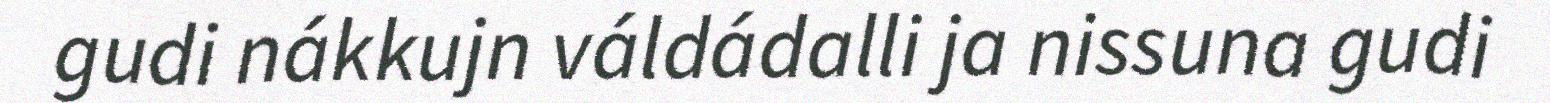
gudi nákkujn váldádalli ja nissuna gudi